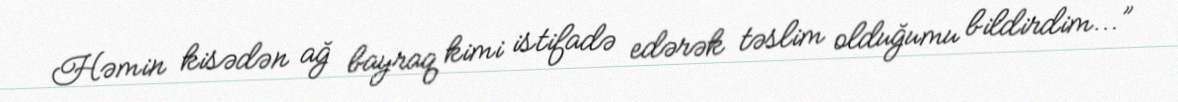
Həmin kisədən ağ bayraq kimi istifadə edərək təslim olduğumu bildirdim...”